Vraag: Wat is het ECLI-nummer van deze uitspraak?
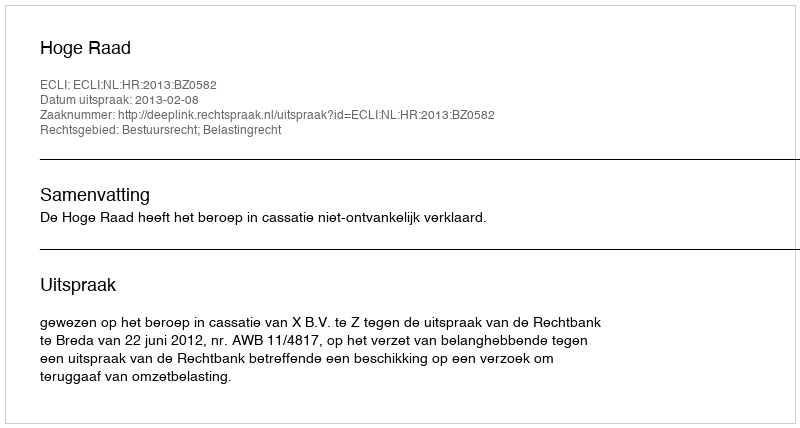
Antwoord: ECLI:NL:HR:2013:BZ0582